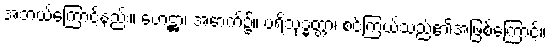
အဘယ်ကြောင့်နည်း။ ဟေဋ္ဌာ၊ အောက်၌။ ပရိသုဒ္ဓတ္တာ၊ စင်ကြယ်သည်၏အဖြစ်ကြောင့်။